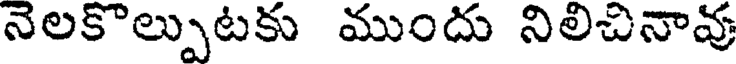
నెలకొల్పుటకు ముందు నిలిచినావు